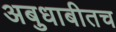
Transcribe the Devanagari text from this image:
अबुधाबीतच